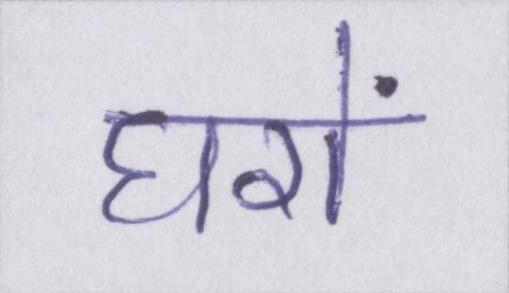
घरों